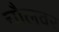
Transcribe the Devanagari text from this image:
चौलवर